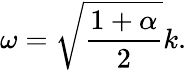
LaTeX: \omega=\sqrt{\frac{1+\alpha}{2}}k.